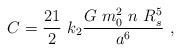
LaTeX: \begin{align*} C=\frac{21}{2}\ k_2 \frac{G\ m_0^2\ n\ R_s^5}{a^6}\ ,\end{align*}